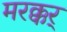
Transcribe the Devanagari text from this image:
मरक्कर्